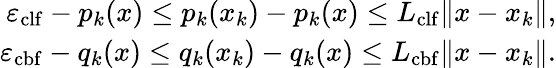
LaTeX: \begin{array}{r}{\begin{array}{r}{\varepsilon_{\mathrm{clf}}-p_{k}(x)\leq p_{k}(x_{k})-p_{k}(x)\leq L_{\mathrm{clf}}\| x-x_{k}\| ,}\\ {\varepsilon_{\mathrm{cbf}}-q_{k}(x)\leq q_{k}(x_{k})-q_{k}(x)\leq L_{\mathrm{cbf}}\| x-x_{k}\| .}\end{array}}\end{array}